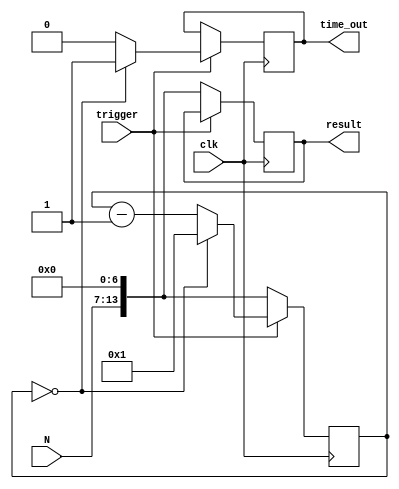
module DELAY(clk,trigger,N,time_out,result);

	input		clk,trigger;
	input		[6:0]N;
	output reg time_out;
	output reg [13:0]result;
	
	reg	[13:0]count;
	//reg	time_out;
	//reg	[13:0]result;

	
	always @(posedge clk)
		begin
			if(trigger==1'b0)
			begin
				count <= {N,7'b0};
				result <= {N,7'b0};
				//time_out <= 1'b0;
			end
			if(trigger==1'b1)
			begin
				if(count==1'b0)
					begin
					time_out <= 1'b1;
					count <= 14'b1;	//cannot be assigned to a zero value!!! 
					end
				else
					begin
					time_out <= 1'b0;
					count <= count-1'b1;
					end
			end
		end
		
			
endmodule